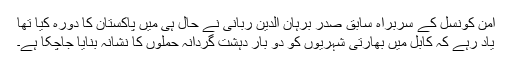
امن کونسل کے سربراہ سابق صدر برہان الدین ربانی نے حال ہی میں پاکستان کا دورہ کیا تھا
یاد رہے کہ کابل میں بھارتی شہریوں کو دو بار دہشت گردانہ حملوں کا نشانہ بنایا جاچکا ہے۔